Report on the working of the Ranchi Indian Mental Hospital, Kanke, in Bihar and Orissa - 1930-1940
Year: 1930
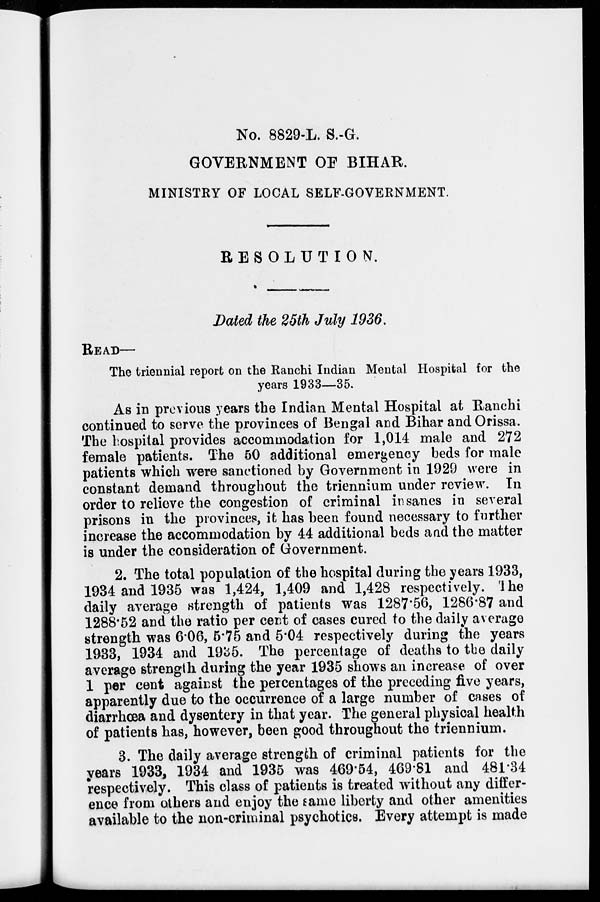
No. 8829-L. S.-G.
GOVERNMENT OF BIHAR.
MINISTRY OF LOCAL SELF-GOVERNMENT.
RESOLUTION.
Dated the 25th July 1936.
READ—
The triennial report on the Ranchi Indian Mental Hospital for the
years 1933—35.
As in previous years the Indian Mental Hospital at Ranchi
continued to serve the provinces of Bengal and Bihar and Orissa.
The hospital provides accommodation for 1,014 male and 272
female patients. The 50 additional emergency beds for male
patients which were sanctioned by Government in 1929 were in
constant demand throughout the triennium under review. In
order to relieve the congestion of criminal insanes in several
prisons in the provinces, it has been found necessary to further
increase the accommodation by 44 additional beds and the matter
is under the consideration of Government.
2. The total population of the hospital during the years 1933,
1934 and 1935 was 1,424, 1,409 and 1,428 respectively. The
daily average strength of patients was 1287.56, 1286.87 and
1288.52 and the ratio per cent of cases cured to the daily average
strength was 6.06, 5.75 and 5.04 respectively during the years
1933, 1934 and 1935. The percentage of deaths to the daily
average strength during the year 1935 shows an increase of over
1 per cent against the percentages of the preceding five years,
apparently due to the occurrence of a large number of cases of
diarrhœa and dysentery in that year. The general physical health
of patients has, however, been good throughout the triennium.
3. The daily average strength of criminal patients for the
years 1933, 1934 and 1935 was 469.54, 469.81 and 481.34
respectively. This class of patients is treated without any differ-
ence from others and enjoy the same liberty and other amenities
available to the non-criminal psychotics. Every attempt is made